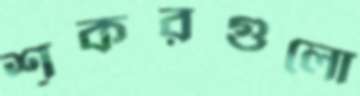
শূকরগুলো